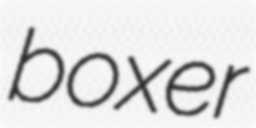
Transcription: boxer